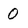
Character: 0